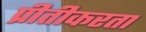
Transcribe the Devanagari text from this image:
प्रीतीकरता